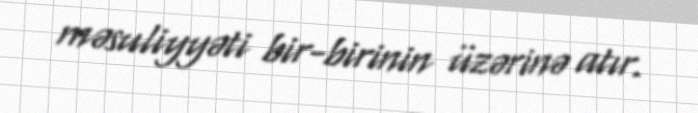
məsuliyyəti bir-birinin üzərinə atır.